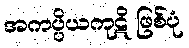
အကပ္ပိယကုဋိ ဖြစ်ပုံ